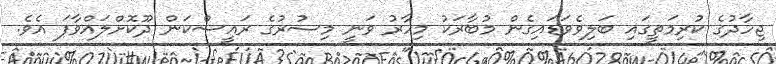
ޖިހާދުގެ ކުރިމަތީގައި ބަލިވެވަޑައިގެން މުބާރަކު މިހާރު ވަނީ މިސުރުގެ ރައީސްކަން ދޫކޮށްލައްވާފަ އެވެ.